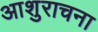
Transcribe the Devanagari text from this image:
आशुराचना